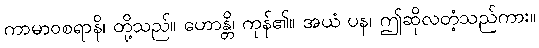
ကာမာဝစရာနိ၊ တို့သည်။ ဟောန္တိ၊ ကုန်၏။ အယံ ပန၊ ဤဆိုလတံ့သည်ကား။